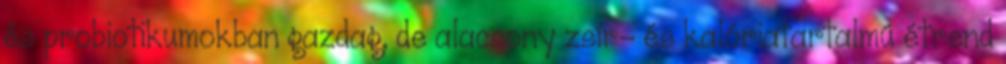
és probiotikumokban gazdag, de alacsony zsír- és kalóriatartalmú étrend